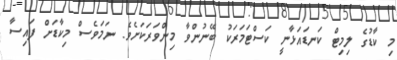
މި ކާޑުގެ ލިމިޓް ކަނޑައަޅާނީ ކަސްޓަމަރަކު ބޭނުންވާ މިންވަރަކަށެވެ. ނަމަވެސް މިކާޑަށް ފައިސާ